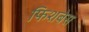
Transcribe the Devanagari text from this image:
फिशबेस